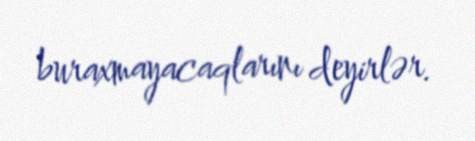
buraxmayacaqlarını deyirlər.